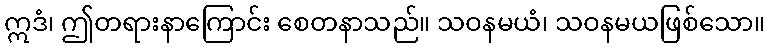
ဣဒံ၊ ဤတရားနာကြောင်း စေတနာသည်။ သဝနမယံ၊ သဝနမယဖြစ်သော။